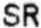
SR